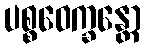
ပစ္စဝေက္ခန္တော